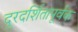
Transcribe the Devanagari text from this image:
दूरदर्शितापूर्वक